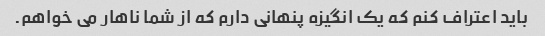
باید اعتراف کنم که یک انگیزه پنهانی دارم که از شما ناهار می خواهم.